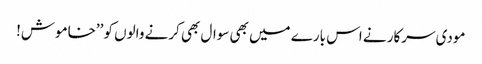
مودی سرکار نے اس بارے میں بھی سوال بھی کرنے والوں کو ’’خاموش!